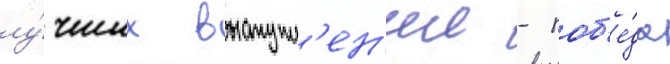
лу́чших выступл'ен'ии - поб'е́да